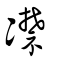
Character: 凚